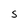
Character: S